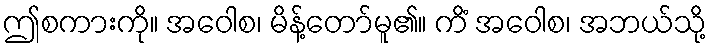
ဤစကားကို။ အဝေါစ၊ မိန့်တော်မူ၏။ ကိံ အဝေါစ၊ အဘယ်သို့